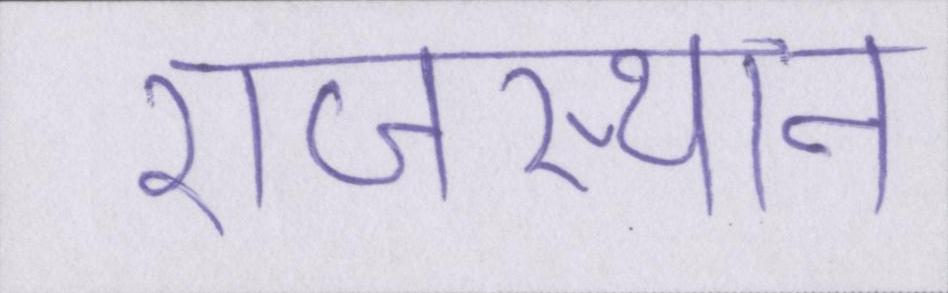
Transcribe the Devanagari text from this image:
राजस्थान